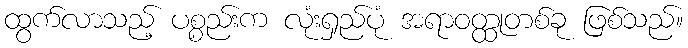
ထွက်လာသည့် ပစ္စည်းက လုံးရှည်ပုံ အရာဝတ္ထုတစ်ခု ဖြစ်သည်။